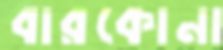
বারকোনা